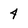
Character: 4